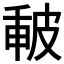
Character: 𤿪